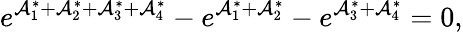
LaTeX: e^{\mathcal{A}_{1}^{\ast}+\mathcal{A}_{2}^{\ast}+\mathcal{A}_{3}^{\ast}+\mathcal{A}_{4}^{\ast}}-e^{\mathcal{A}_{1}^{\ast}+\mathcal{A}_{2}^{\ast}}-e^{\mathcal{A}_{3}^{\ast}+\mathcal{A}_{4}^{\ast}}=0,